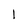
Character: l